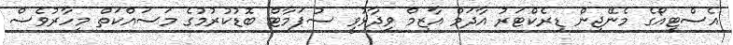
އެސްޓީއޯގެ މެނޭޖިން ޑިރެކްޓަރު އާދަމް އާޒިމް ވިދާޅުވީ ސުޕަމާޓް ބޮޑުކުރުމުގެ މަސައްކަތް މިހާރުވެސް